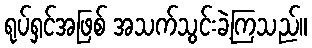
ရုပ်ရှင်အဖြစ် အသက်သွင်းခဲ့ကြသည်။